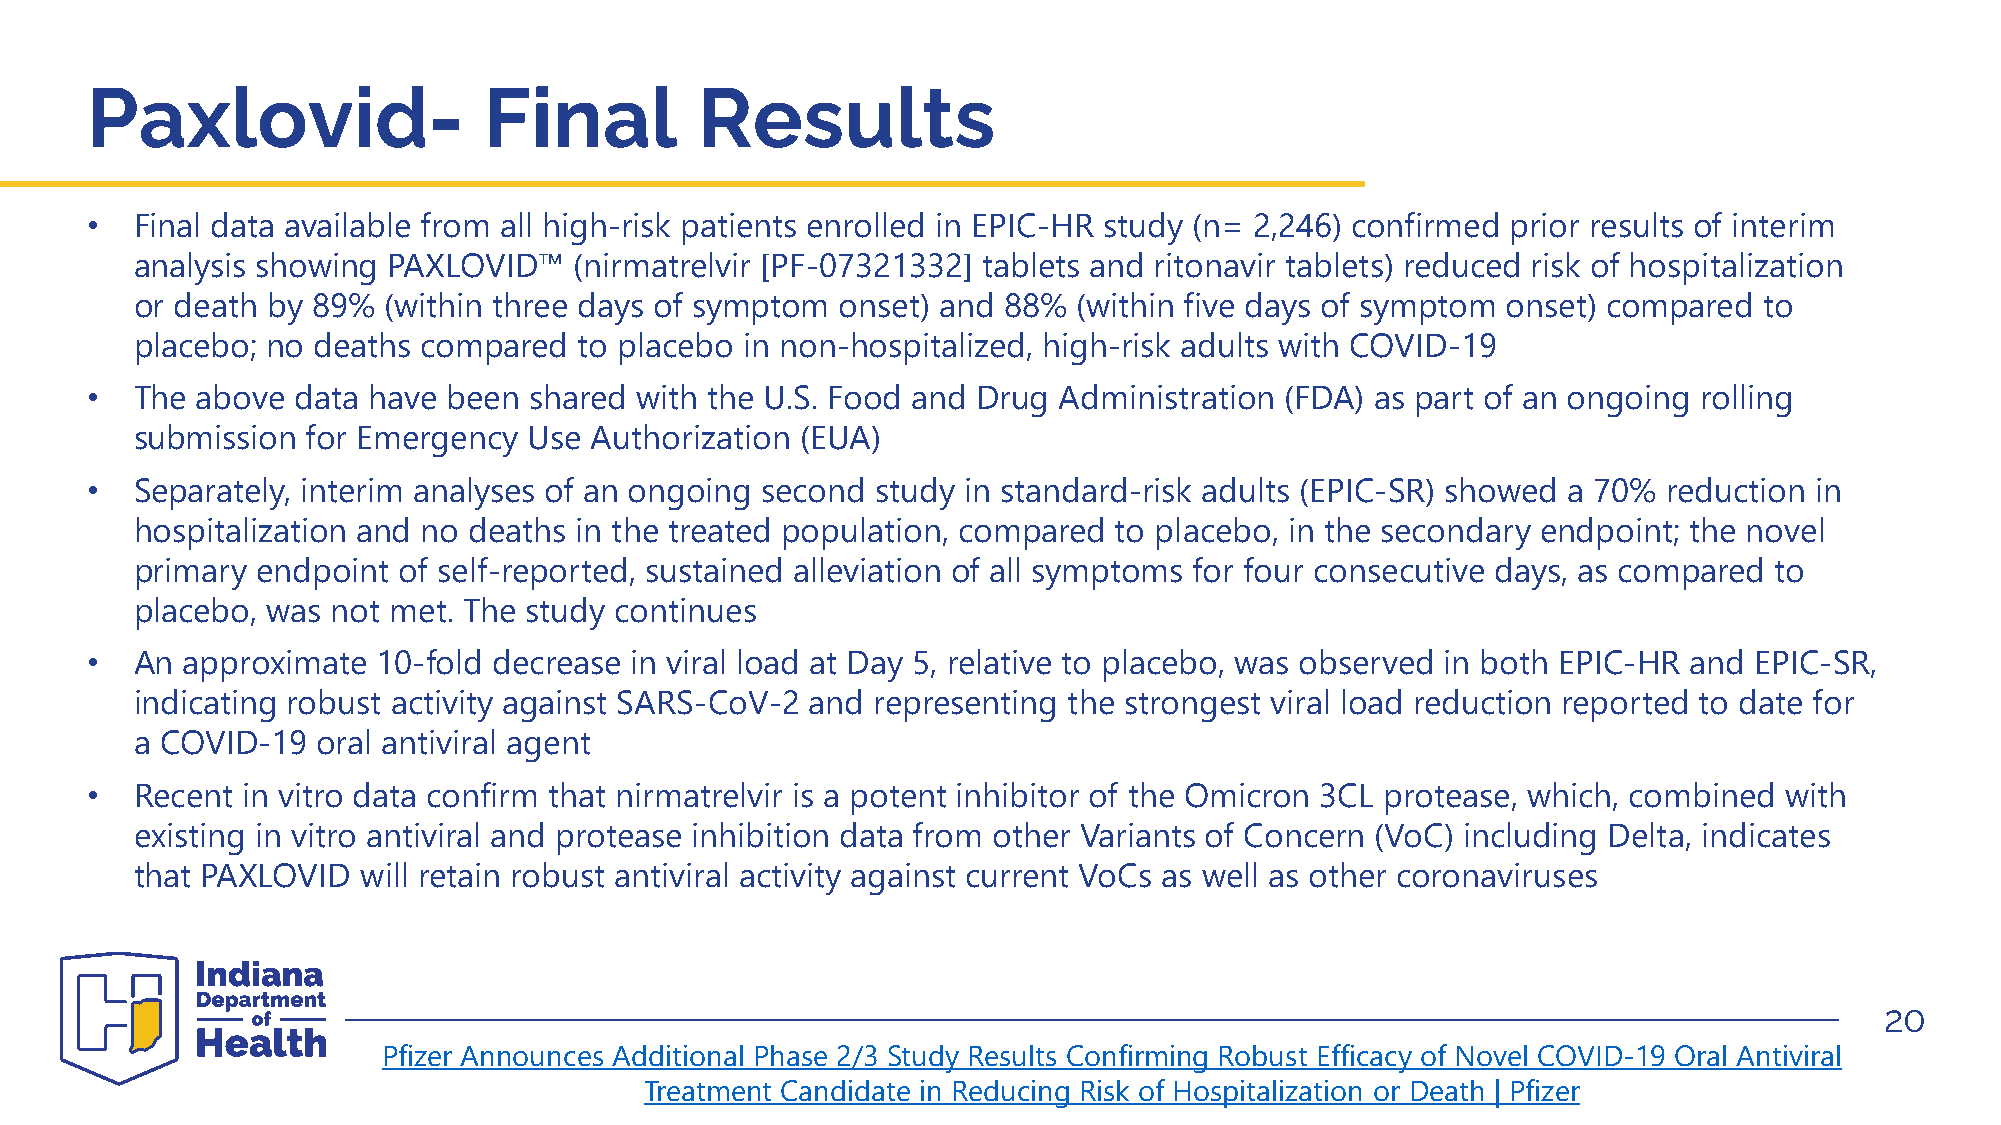
Paxlovid-                 Final         Results
 •  Final data available from all high-risk patients enrolled in EPIC-HR study (n= 2,246) confirmed prior results of interim
 analysis showing PAXLOVID™   (nirmatrelvir [PF-07321332] tablets and ritonavir tablets) reduced risk of hospitalization
 or death by 89% (within three days of symptom  onset) and 88% (within five days of symptom onset) compared  to
 placebo; no deaths compared  to placebo in non-hospitalized, high-risk adults with COVID-19
 •  The above data have  been shared with the U.S. Food and Drug Administration (FDA) as part of an ongoing rolling
 submission for Emergency  Use Authorization (EUA)
 •  Separately, interim analyses of an ongoing second study in standard-risk adults (EPIC-SR) showed a 70% reduction in
 hospitalization and no deaths in the treated population, compared to placebo, in the secondary endpoint; the novel
 primary endpoint of self-reported, sustained alleviation of all symptoms for four consecutive days, as compared to
 placebo, was not met. The study continues
 •  An approximate  10-fold decrease in viral load at Day 5, relative to placebo, was observed in both EPIC-HR and EPIC-SR,
 indicating robust activity against SARS-CoV-2 and representing the strongest viral load reduction reported to date for
 a COVID-19  oral antiviral agent
 •  Recent in vitro data confirm that nirmatrelvir is a potent inhibitor of the Omicron 3CL protease, which, combined with
 existing in vitro antiviral and protease inhibition data from other Variants of Concern (VoC) including Delta, indicates
 that PAXLOVID  will retain robust antiviral activity against current VoCs as well as other coronaviruses
 20
 Pfizer Announces Additional Phase 2/3 Study Results Confirming Robust Efficacy of Novel COVID-19 Oral Antiviral
 Treatment Candidate in Reducing Risk of Hospitalization or Death | Pfizer